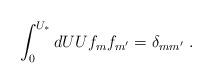
LaTeX: \begin{align*}\int_0^{U_*} dU U f_m f_{m'} = \delta_{mm'}~.\end{align*}